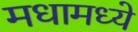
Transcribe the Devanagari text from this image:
मधामध्ये